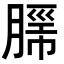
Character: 𮌦